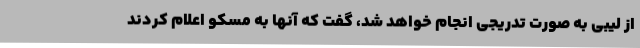
از لیبی به صورت تدریجی انجام خواهد شد، گفت که آنها به مسکو اعلام کردند